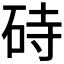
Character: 𪿚